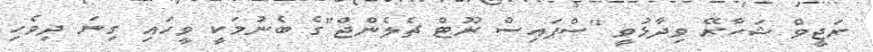
ރަޖީވް ޝަހާރޭ ވިދާޅުވީ "ސްޕައިސް ރޫޓް ޗެލެންޖް"ގެ ބެނުމަކީ ވީހައި ގިނަ ދިވެހި